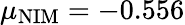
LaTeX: \mu_{\mathrm{NIM}}=-0.556